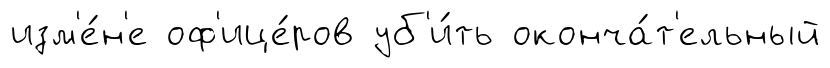
изм'е́н'е оф'ице́ров уб'и́ть оконча́т'ельный